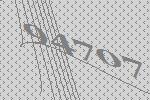
94707